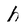
Character: h